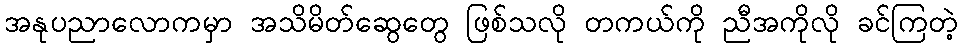
အနုပညာလောကမှာ အသိမိတ်ဆွေတွေ ဖြစ်သလို တကယ်ကို ညီအကိုလို ခင်ကြတဲ့